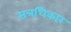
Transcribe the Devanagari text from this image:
सत्रधिकार